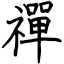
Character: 禪